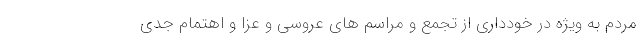
مردم به ویژه در خودداری از تجمع و مراسم های عروسی و عزا و اهتمام جدی